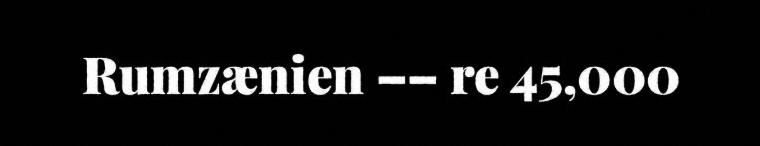
Rumzænien –– re 45,000